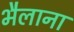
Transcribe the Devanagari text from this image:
भैलाना